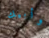
وأبيك